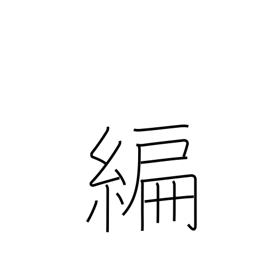
Meaning: part of a book